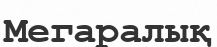
Мегаралық